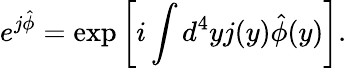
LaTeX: e^{j\hat{\phi}}=\exp\left[i\int d^{4}yj(y)\hat{\phi}(y)\right].